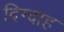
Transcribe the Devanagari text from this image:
दिग्दाह